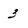
Character: 3